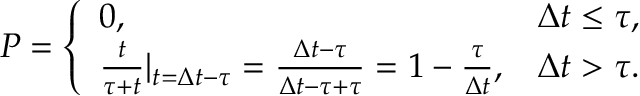
P = \left\{ \begin{array} { l r } { 0 , } & { \Delta t \leq \tau , } \\ { \frac { t } { \tau + t } | _ { t = \Delta t - \tau } = \frac { \Delta t - \tau } { \Delta t - \tau + \tau } = 1 - \frac { \tau } { \Delta t } , } & { \Delta t > \tau . } \end{array} \right.